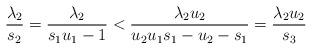
LaTeX: \begin{align*}\frac{\lambda_2}{s_2}=\frac{\lambda_2}{s_1u_1-1}<\frac{\lambda_2u_2}{u_2u_1s_1-u_2-s_1}=\frac{\lambda_2u_2}{s_3}\end{align*}